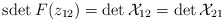
\begin{align*}\mbox{sdet}\:F(z_{12})=\det{\cal X}_{12}=\det{\cal X}_{21}\end{align*}